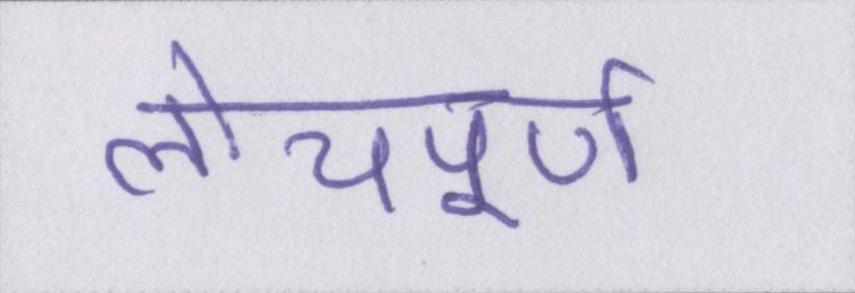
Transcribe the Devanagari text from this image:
लोचपूर्ण